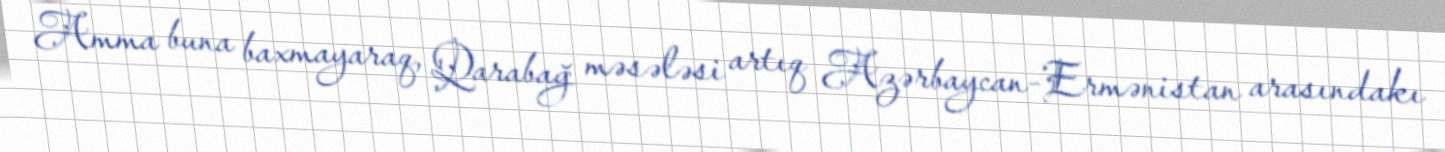
Amma buna baxmayaraq, Qarabağ məsələsi artıq Azərbaycan-Ermənistan arasındakı